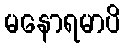
မနောရမာပိ